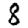
Digit: 8